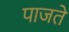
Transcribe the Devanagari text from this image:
पाजते